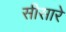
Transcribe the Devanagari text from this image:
सीसारे